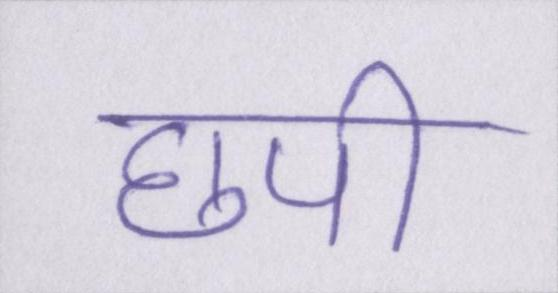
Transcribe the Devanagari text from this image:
छपी